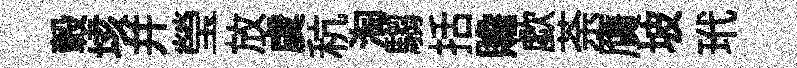
轂垓并瑩放虞秔淘騶括贍歔荼贋坡玳